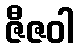
ဇီဇဝါ